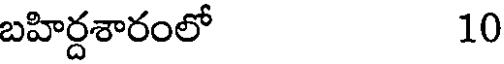
బహిర్దశారంలో 10